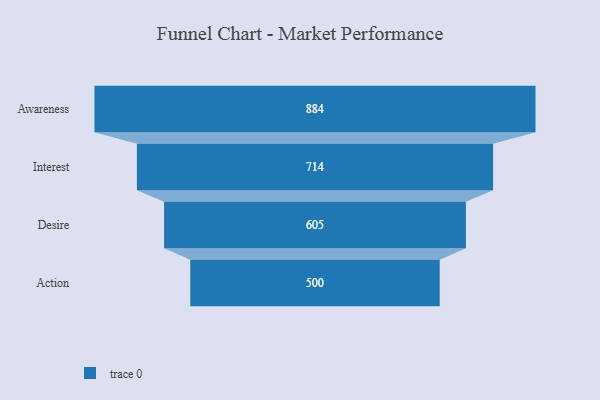
{"axis": {"x": "Stage", "y": "Value"}, "legend": [""], "data": [{"x": "Awareness", "y": 884.0, "type": ""}, {"x": "Interest", "y": 714.0, "type": ""}, {"x": "Desire", "y": 605.0, "type": ""}, {"x": "Action", "y": 500, "type": ""}]}